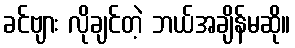
ခင်ဗျား လိုချင်တဲ့ ဘယ်အချိန်မဆို။